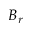
B _ { r }